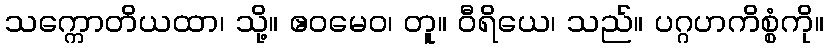
သက္ကောတိယထာ၊ သို့။ ဧဝမေဝ၊ တူ။ ဝီရိယေ၊ သည်။ ပဂ္ဂဟကိစ္စံကို။